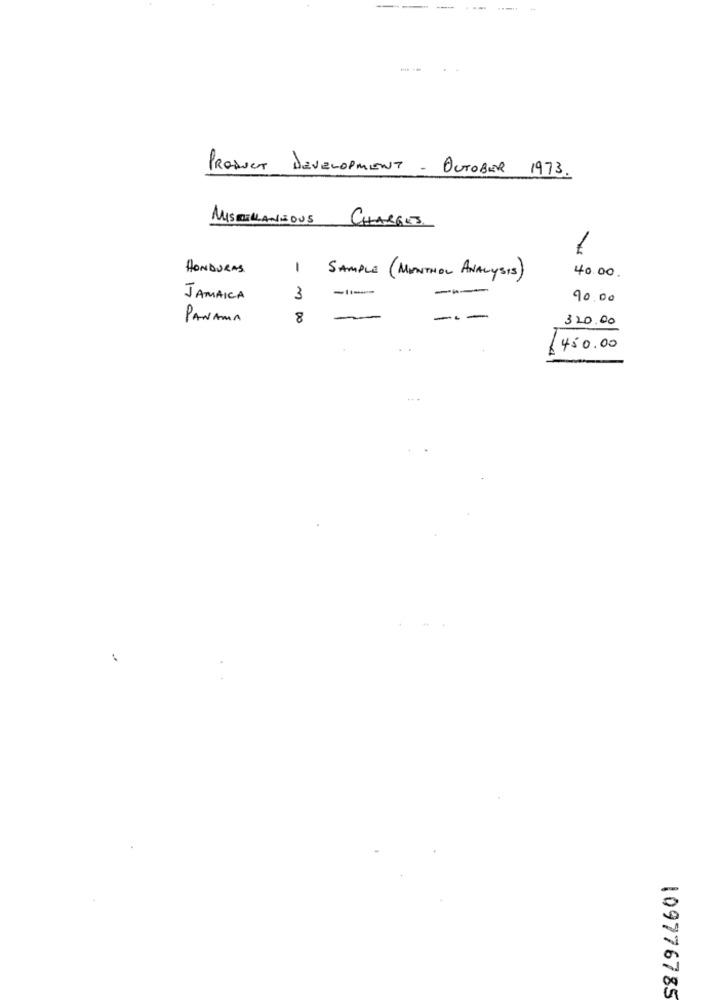
---
PRODUCT DEVELOPMENT - OUTOBER 1973.
MISCELLANEOUS CHARGES.
HONDURAS
-
SAMPLE ( MONTHOL ANALYSIS)
40.00.
-
JAMAICA
3
90.00
PANAMA
8
-
320.00
450.00
109776785